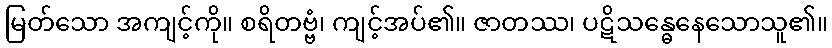
မြတ်သော အကျင့်ကို။ စရိတဗ္ဗံ၊ ကျင့်အပ်၏။ ဇာတဿ၊ ပဋိသန္ဓေနေသောသူ၏။